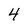
Character: 4